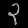
Digit: ၃